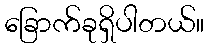
ခြောက်ခုရှိပါတယ်။